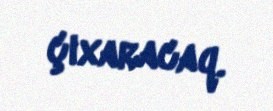
çıxaracaq.